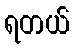
ရတယ်